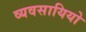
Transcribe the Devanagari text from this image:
व्यवसायियो